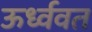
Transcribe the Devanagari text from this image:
ऊर्ध्ववत